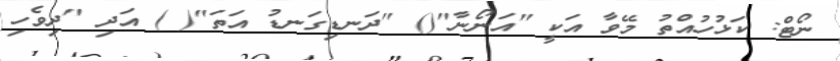
ނޯޓް: ކަޅުހުއްތު މޭވާ އަކީ "އަނޯނާ"() "ދަނޑިގަނޑު އަތަ"( ) އަދި "ދިވެހި